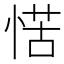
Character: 𭝩